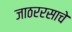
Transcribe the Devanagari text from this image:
जाठररसाचे